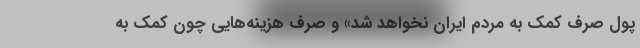
پول صرف کمک به مردم ایران نخواهد شد» و صرف هزینه‌هایی چون کمک به